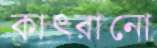
কাৎরানো